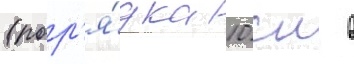
(пор'я́дка 10 см в